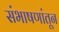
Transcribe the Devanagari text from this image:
संभाषणांतून